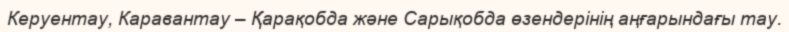
Керуентау, Каравантау – Қарақобда және Сарықобда өзендерінің аңғарындағы тау.